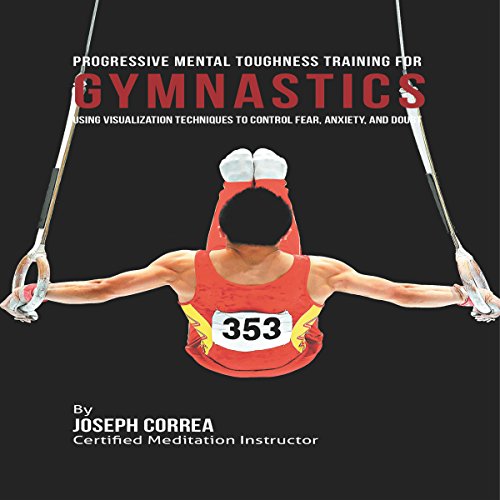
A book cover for Progressive Mental Toughness Training for Gymnastics: Using Visualization Techniques to Control Fear, Anxiety, and Doubt; Joseph Correa (Certified Meditation Instructor); Sports & Outdoors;